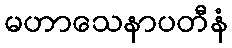
မဟာသေနာပတီနံ